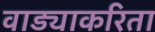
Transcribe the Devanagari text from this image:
वाड्याकरिता